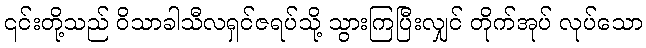
၎င်းတို့သည် ဝိသာခါသီလရှင်ဇရပ်သို့ သွားကြပြီးလျှင် တိုက်အုပ် လုပ်သော